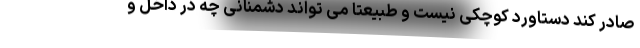
صادر کند دستاورد کوچکی نیست و طبیعتا می تواند دشمنانی چه در داخل و